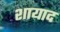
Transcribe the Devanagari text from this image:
शायाद